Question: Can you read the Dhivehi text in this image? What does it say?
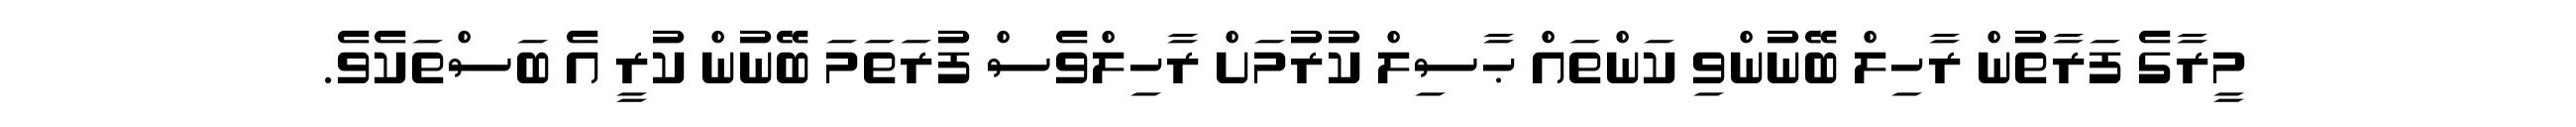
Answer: މީރާގެ ފަރާތުން ރާހިލް ބޭނުންވި ކަންތައް ޙާސިލް ކުރުމަށް ރާހިލްވެސް ފުރަތަމަ ބޭނުން ކުރީ އެ ބަސްތަކެވެ.